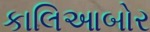
કાલિઆબોર